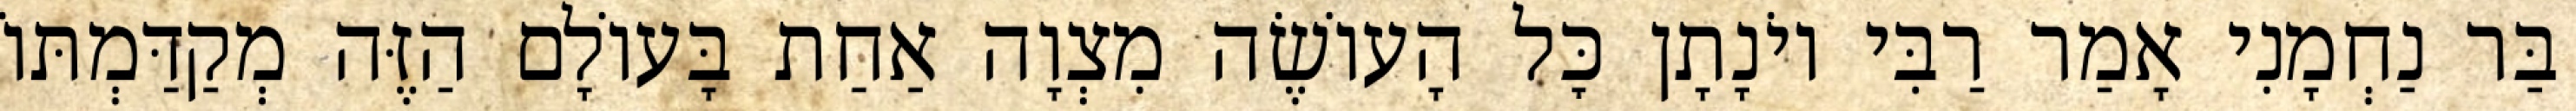
בַּר נַחְמָנִי אָמַר רַבִּי יוֹנָתָן כׇּל הָעוֹשֶׂה מִצְוָה אַחַת בָּעוֹלָם הַזֶּה מְקַדַּמְתּוֹ